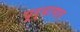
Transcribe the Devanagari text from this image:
पूर्वागत